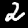
Label: 2